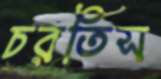
চরতিস